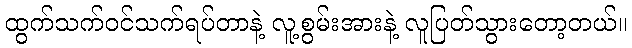
ထွက်သက်ဝင်သက်ရပ်တာနဲ့ လူ့စွမ်းအားနဲ့ လူပြတ်သွားတော့တယ်။